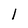
Character: 1